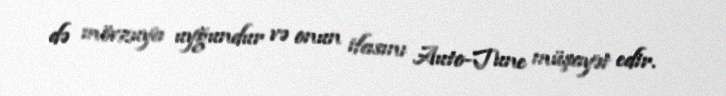
də mövzuya uyğundur və onun ifasını Auto-Tune müşayət edir.